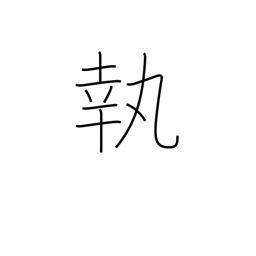
Meaning: take to heart